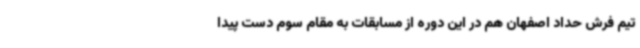
تیم فرش حداد اصفهان هم در این دوره از مسابقات به مقام سوم دست پیدا